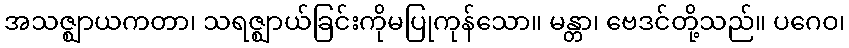
အသဇ္ဈာယကတာ၊ သရဇ္ဈာယ်ခြင်းကိုမပြုကုန်သော။ မန္တာ၊ ဗေဒင်တို့သည်။ ပဂေဝ၊